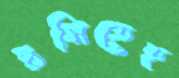
রসিতেছ